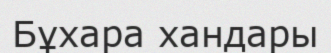
Бұхара хандары